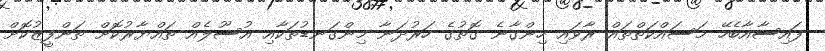
ފައިސާއާބެހޭ މަސައްކަތްތައް ރާވައި ހިންގާނެ ގޮތުގެ ހަރުދަނާ މިންގަނޑުތަކާއި އުސޫލެއް ތައްޔާރުކޮށް ތަންފީޒުކޮށް